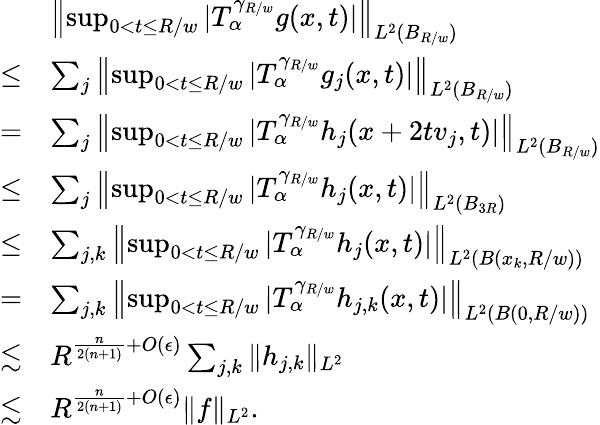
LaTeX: \begin{array}{rl}&{\left\| \operatorname*{sup}_{0<t\leq R/w}|T_{\alpha}^{\gamma_{R/w}}g(x,t)|\right\| _{L^{2}(B_{R/w})}}\\ {\leq}&{\sum_{j}\left\| \operatorname*{sup}_{0<t\leq R/w}|T_{\alpha}^{\gamma_{R/w}}g_{j}(x,t)|\right\| _{L^{2}(B_{R/w})}}\\ {=}&{\sum_{j}\left\| \operatorname*{sup}_{0<t\leq R/w}|T_{\alpha}^{\gamma_{R/w}}h_{j}(x+2tv_{j},t)|\right\| _{L^{2}(B_{R/w})}}\\ {\leq}&{\sum_{j}\left\| \operatorname*{sup}_{0<t\leq R/w}|T_{\alpha}^{\gamma_{R/w}}h_{j}(x,t)|\right\| _{L^{2}(B_{3R})}}\\ {\leq}&{\sum_{j,k}\left\| \operatorname*{sup}_{0<t\leq R/w}|T_{\alpha}^{\gamma_{R/w}}h_{j}(x,t)|\right\| _{L^{2}(B(x_{k},R/w))}}\\ {=}&{\sum_{j,k}\left\| \operatorname*{sup}_{0<t\leq R/w}|T_{\alpha}^{\gamma_{R/w}}h_{j,k}(x,t)|\right\| _{L^{2}(B(0,R/w))}}\\ {\lesssim}&{R^{\frac{n}{2(n+1)}+O(\epsilon)}\sum_{j,k}\| h_{j,k}\| _{L^{2}}}\\ {\lesssim}&{R^{\frac{n}{2(n+1)}+O(\epsilon)}\| f\| _{L^{2}}.}\end{array}